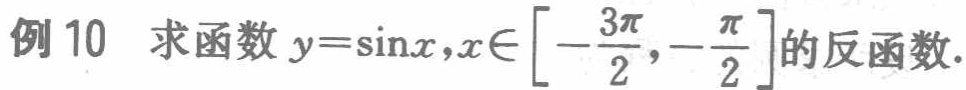
例 10 求函数 \(y = \sin x,x\in\left[-\frac{3\pi}{2},-\frac{\pi}{2}\right]\) 的反函数.